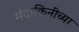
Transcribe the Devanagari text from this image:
मंदाकिनीच्या